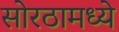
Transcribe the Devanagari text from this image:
सोरठामध्ये